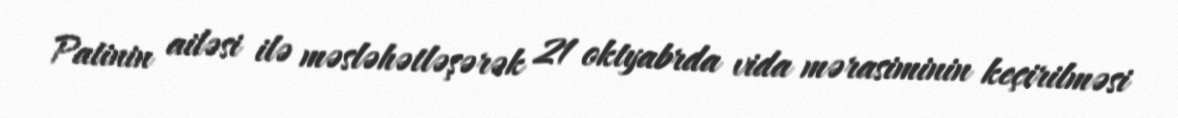
Patinin ailəsi ilə məsləhətləşərək 21 oktyabrda vida mərasiminin keçirilməsi